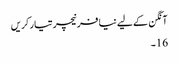
آنگن کے لیے نیا فرنیچر تیار کریں
16۔